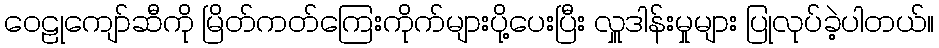
ဝေဠုကျော်ဆီကို မြိတ်ကတ်ကြေးကိုက်များပို့ပေးပြီး လှူဒါန်းမှုများ ပြုလုပ်ခဲ့ပါတယ်။